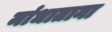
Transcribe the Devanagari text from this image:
मांधाताना